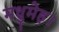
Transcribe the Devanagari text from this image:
मधुमेह।